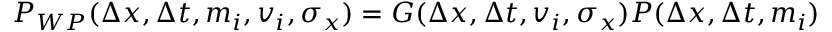
P _ { W P } ( \Delta x , \Delta t , m _ { i } , v _ { i } , \sigma _ { x } ) = G ( \Delta x , \Delta t , v _ { i } , \sigma _ { x } ) P ( \Delta x , \Delta t , m _ { i } )